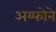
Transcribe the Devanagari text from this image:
अय्फोने